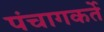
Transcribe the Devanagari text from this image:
पंचागकर्ते